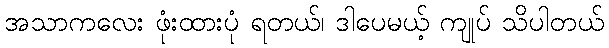
အသာကလေး ဖုံးထားပုံ ရတယ်၊ ဒါပေမယ့် ကျုပ် သိပါတယ်